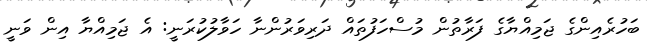
ބަހުރެއިންގެ ޖަމިއްޔާގެ ފަރާތުން މުސްހަފުތައް ދަރިވަރުންނާ ހަވާލުކުރަނީ: އެ ޖަމިއްޔާ އިން ވަނީ